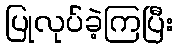
ပြုလုပ်ခဲ့ကြပြီး